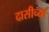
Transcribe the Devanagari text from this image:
दासीच्या